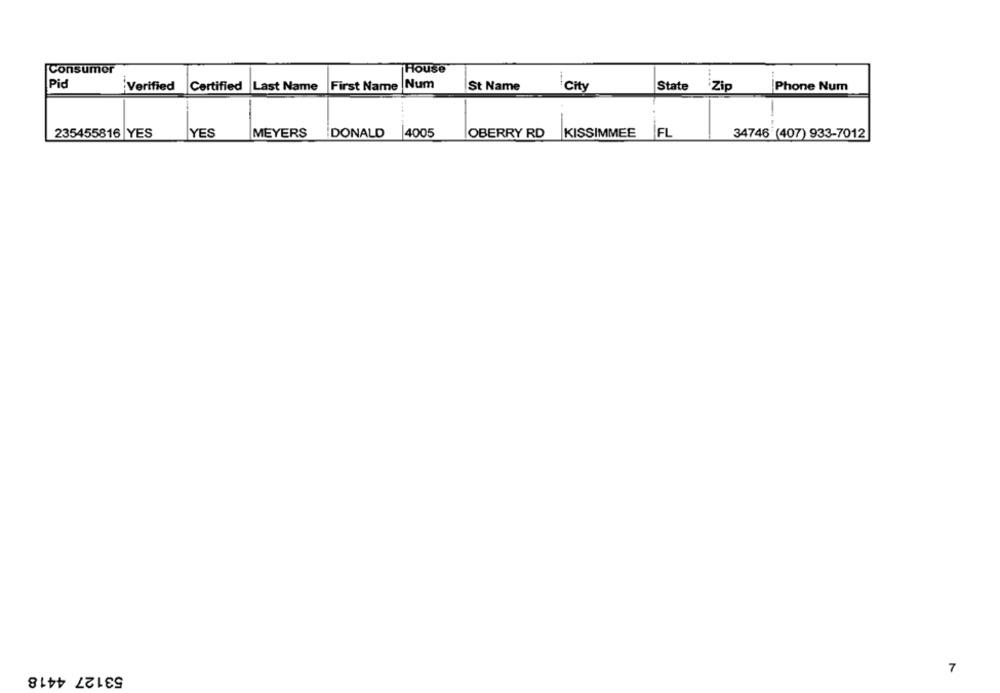
Consumer
House
Pid
Verified
Certified Last Name First Name Num
St Name
City
State Zip
Phone Num
FL
235455816 YES
YES
MEYERS
DONALD
4005
OBERRY RD
KISSIMMEE
34746 (407) 933-7012
53127 4418
7